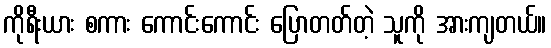
ကိုရီးယား စကား ကောင်းကောင်း ပြောတတ်တဲ့ သူကို အားကျတယ်။